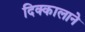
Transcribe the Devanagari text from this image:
दिक्कालाने